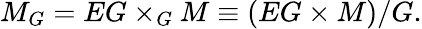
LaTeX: M_{G}=EG\times_{G}M\equiv\left(EG\times M\right)/G.